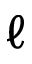
\ell